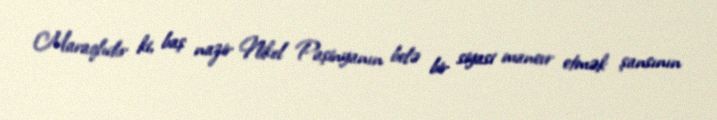
Maraqlıdır ki, baş nazir Nikol Paşinyanın belə bir siyasi manevr etmək şansının